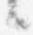
々